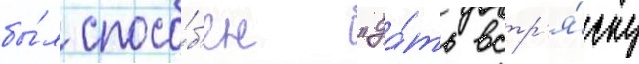
бы́л спосо́б'ен "да́ть встр'я́ску